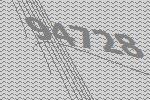
94728